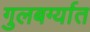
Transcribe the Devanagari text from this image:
गुलबर्ग्यात